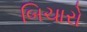
બિચારો